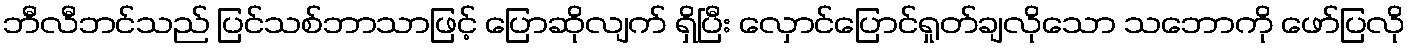
ဘီလီဘင်သည် ပြင်သစ်ဘာသာဖြင့် ပြောဆိုလျက် ရှိပြီး လှောင်ပြောင်ရှုတ်ချလိုသော သဘောကို ဖော်ပြလို